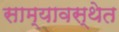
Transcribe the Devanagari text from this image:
साम्यावस्थेत